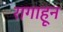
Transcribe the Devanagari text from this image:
रागाहून